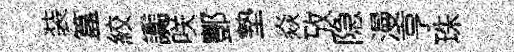
装簋絞讟咲酆墊焱攷隐漫亨珠